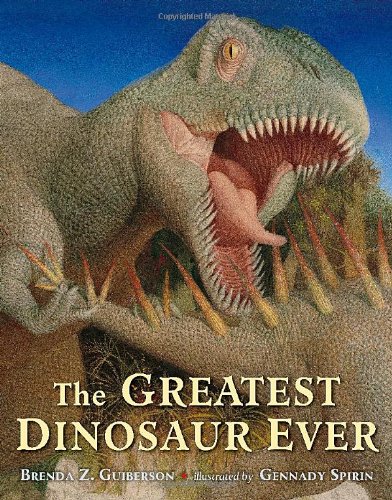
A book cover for The Greatest Dinosaur Ever; Brenda Z. Guiberson; Children's Books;